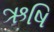
ઋષિ